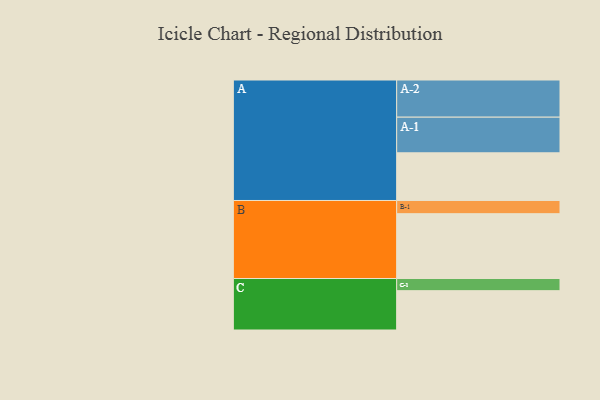
{"axis": {"x": "Segment", "y": "Value"}, "legend": ["", "A", "B", "C"], "data": [{"x": "A", "y": 376, "type": ""}, {"x": "B", "y": 511, "type": ""}, {"x": "C", "y": 310, "type": ""}, {"x": "A-1", "y": 281, "type": "A"}, {"x": "A-2", "y": 293, "type": "A"}, {"x": "B-1", "y": 104, "type": "B"}, {"x": "C-1", "y": 96, "type": "C"}]}